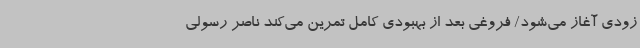
زودی آغاز می‌شود/ فروغی بعد از بهبودی کامل تمرین می‌کند ناصر رسولی